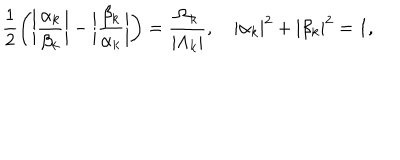
LaTeX: \frac { 1 } { 2 } \bigg ( \bigg | \frac { \alpha _ { { k } } } { \beta _ { { k } } } \bigg | - \bigg | \frac { \beta _ { { k } } } { \alpha _ { { k } } } \bigg | \bigg ) = \frac { \Omega _ { { k } } } { | \Lambda _ { { k } } | } , \quad | \alpha _ { { k } } | ^ { 2 } + | \beta _ { { k } } | ^ { 2 } = 1 ,